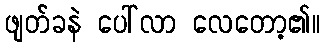
ဖျတ်ခနဲ ပေါ်လာ လေတော့၏။